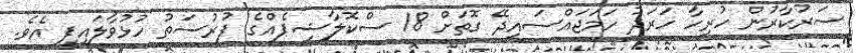
ސަރުކާރުން ހުރިހާ ހަރަދު ހަމަޖައްސައިދޭ ގޮތަށް 18 ސްކޮލާޝިޕެއްގެ ފުރުސަތު ހުޅުވާލައިފި އެވެ.